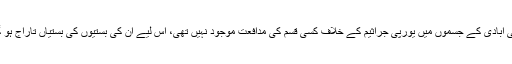
مقامی آبادی کے جسموں میں یورپی جراثیم کے خلاف کسی قسم کی مدافعت موجود نہیں تھی، اس لیے ان کی بستیوں کی بستیاں تاراج ہو گئیں۔